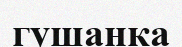
гушанка